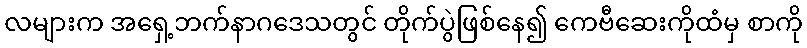
လများက အရှေ့ဘက်နာဂဒေသတွင် တိုက်ပွဲဖြစ်နေ၍ ကေဗီဆေးကိုထံမှ စာကို